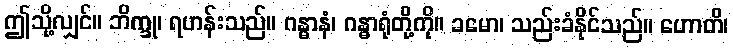
ဤသို့လျှင်။ ဘိက္ခု၊ ရဟန်းသည်။ ဂန္ဓာနံ၊ ဂန္ဓာရုံတို့ကို။ ခမော၊ သည်းခံနိုင်သည်။ ဟောတိ၊